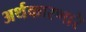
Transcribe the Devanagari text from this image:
अर्थकारणारे